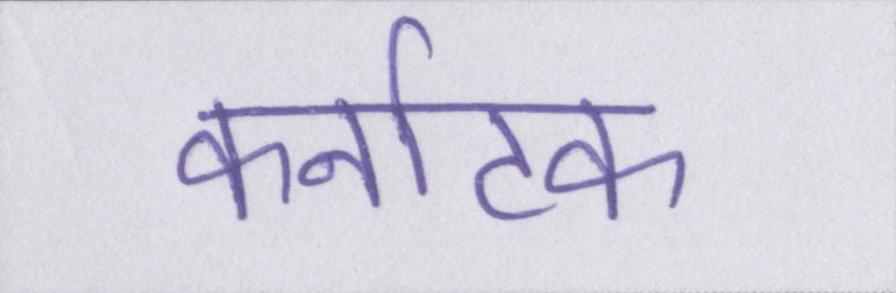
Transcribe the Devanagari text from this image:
कर्नाटक